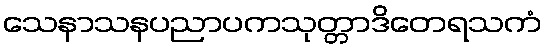
သေနာသနပညာပကသုတ္တာဒိတေရသကံ